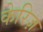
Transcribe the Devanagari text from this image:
केरिज़